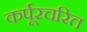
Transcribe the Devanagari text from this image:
कर्पूरचरित